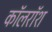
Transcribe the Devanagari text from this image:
कॉलरॉश